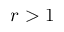
r > 1